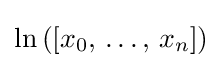
\ln \left(\left[x_{0},\,\dots ,\,x_{n}\right]\right)